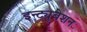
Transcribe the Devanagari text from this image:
इन्ट्युबेशन